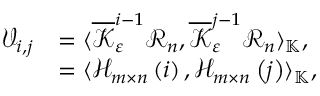
\begin{array} { r l } { \mathcal { V } _ { i , j } } & { = \langle \overline { { \mathcal { K } } } _ { \varepsilon } ^ { i - 1 } \mathcal { R } _ { n } , \overline { { \mathcal { K } } } _ { \varepsilon } ^ { j - 1 } \mathcal { R } _ { n } \rangle _ { \mathbb { K } } , } \\ & { = \langle \mathcal { H } _ { m \times n } \left( i \right) , \mathcal { H } _ { m \times n } \left( j \right) \rangle _ { \mathbb { K } } , } \end{array}